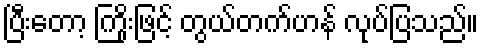
ပြီးတော့ ကြိုးဖြင့် တွယ်တက်ဟန် လုပ်ပြသည်။